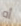
أه